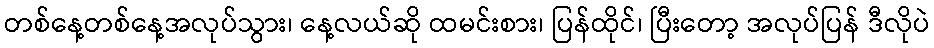
တစ်နေ့တစ်နေ့အလုပ်သွား၊ နေ့လယ်ဆို ထမင်းစား၊ ပြန်ထိုင်၊ ပြီးတော့ အလုပ်ပြန် ဒီလိုပဲ